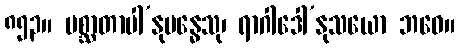
၈၅၃။ ပစ္ဆာတာပါ’နုဗန္ဓေသု၊ ရာဂါဒေါ’နုသယော ဘဝေ။